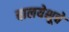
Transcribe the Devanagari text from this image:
बालयेशूचे